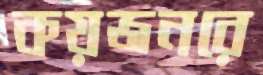
কয়জনরে